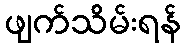
ဖျက်သိမ်းရန်